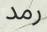
رمد